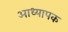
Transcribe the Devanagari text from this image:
आध्यापक